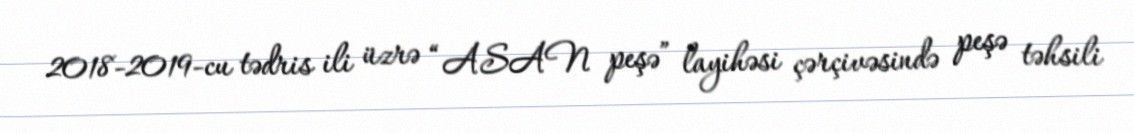
2018-2019-cu tədris ili üzrə “ASAN peşə” layihəsi çərçivəsində peşə təhsili